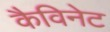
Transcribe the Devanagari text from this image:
कैविनेट